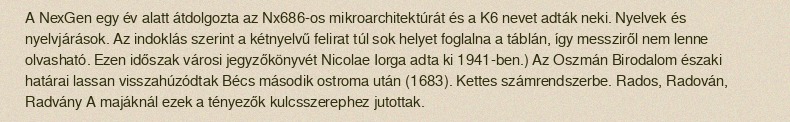
A NexGen egy év alatt átdolgozta az Nx686-os mikroarchitektúrát és a K6 nevet adták neki. Nyelvek és nyelvjárások. Az indoklás szerint a kétnyelvű felirat túl sok helyet foglalna a táblán, így messziről nem lenne olvasható. Ezen időszak városi jegyzőkönyvét Nicolae Iorga adta ki 1941-ben.) Az Oszmán Birodalom északi határai lassan visszahúzódtak Bécs második ostroma után (1683). Kettes számrendszerbe. Rados, Radován, Radvány A majáknál ezek a tényezők kulcsszerephez jutottak.